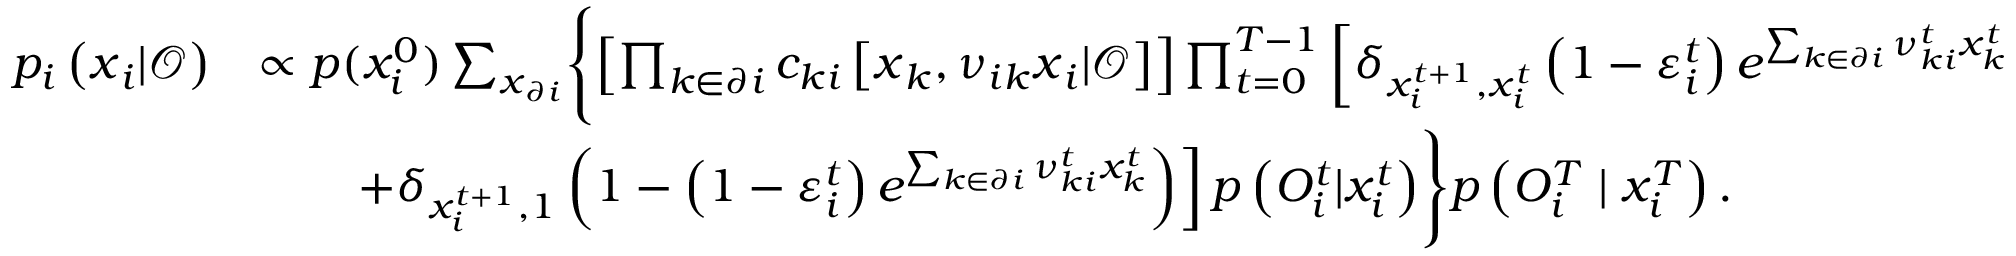
\begin{array} { r l } { p _ { i } \left( \boldsymbol { x } _ { i } | \boldsymbol { \mathcal { O } } \right) } & { \propto p ( x _ { i } ^ { 0 } ) \sum _ { \boldsymbol { x } _ { \partial i } } \Biggl \{ \left[ \prod _ { k \in \partial i } c _ { k i } \left[ \boldsymbol { x } _ { k } , \boldsymbol { \nu } _ { i k } \boldsymbol { x } _ { i } | \boldsymbol { \mathcal { O } } \right] \right] \prod _ { t = 0 } ^ { T - 1 } \left[ \delta _ { x _ { i } ^ { t + 1 } , x _ { i } ^ { t } } \left( 1 - \varepsilon _ { i } ^ { t } \right) e ^ { \sum _ { k \in \partial i } \nu _ { k i } ^ { t } x _ { k } ^ { t } } \right. } \\ & { \qquad \left. + \delta _ { x _ { i } ^ { t + 1 } , 1 } \left( 1 - \left( 1 - \varepsilon _ { i } ^ { t } \right) e ^ { \sum _ { k \in \partial i } \nu _ { k i } ^ { t } x _ { k } ^ { t } } \right) \right] p \left( { O } _ { i } ^ { t } | x _ { i } ^ { t } \right) \Biggr \} p \left( { O } _ { i } ^ { T } \mid x _ { i } ^ { T } \right) . } \end{array}